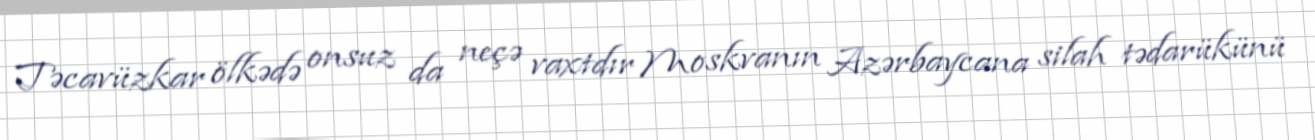
Təcavüzkar ölkədə onsuz da neçə vaxtdır Moskvanın Azərbaycana silah tədarükünü